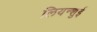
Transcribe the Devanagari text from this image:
लियन्शुई